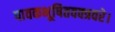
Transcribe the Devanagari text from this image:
पावकभूषितवक्त्रवरे।